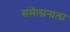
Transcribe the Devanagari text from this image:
संमॆलानाला